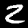
Label: 2